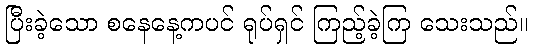
ပြီးခဲ့သော စနေနေ့ကပင် ရုပ်ရှင် ကြည့်ခဲ့ကြ သေးသည်။